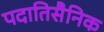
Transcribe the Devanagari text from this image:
पदातिसैनिक